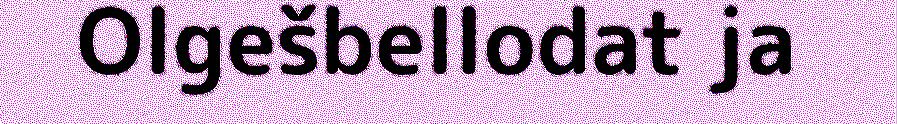
Olgešbellodat ja